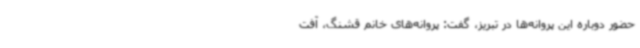
حضور دوباره این پروانه‌ها در تبریز، گفت: پروانه‌های خانم قشنگ، آفت